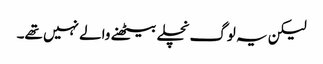
لیکن یہ لوگ نچلے بیٹھنے والے نہیں تھے۔